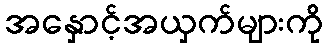
အနှောင့်အယှက်များကို